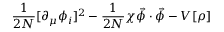
\frac { 1 } { 2 N } [ \partial _ { \mu } \phi _ { i } ] ^ { 2 } - \frac { 1 } { 2 N } \chi { \vec { \phi } \cdot \vec { \phi } } - V [ { \rho } ]